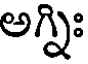
అగ్నిః